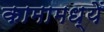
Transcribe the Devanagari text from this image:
कामामध्यें